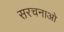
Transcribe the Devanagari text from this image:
सरचनाओ